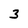
Character: 3